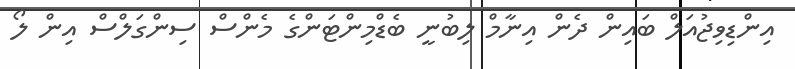
އިންޑިވިޖުއަލް ބައިން ދެން އިނާމް ލިބުނީ ބެޑްމިންޓަންގެ މެންސް ސިންގަލްސް އިން ލޯ